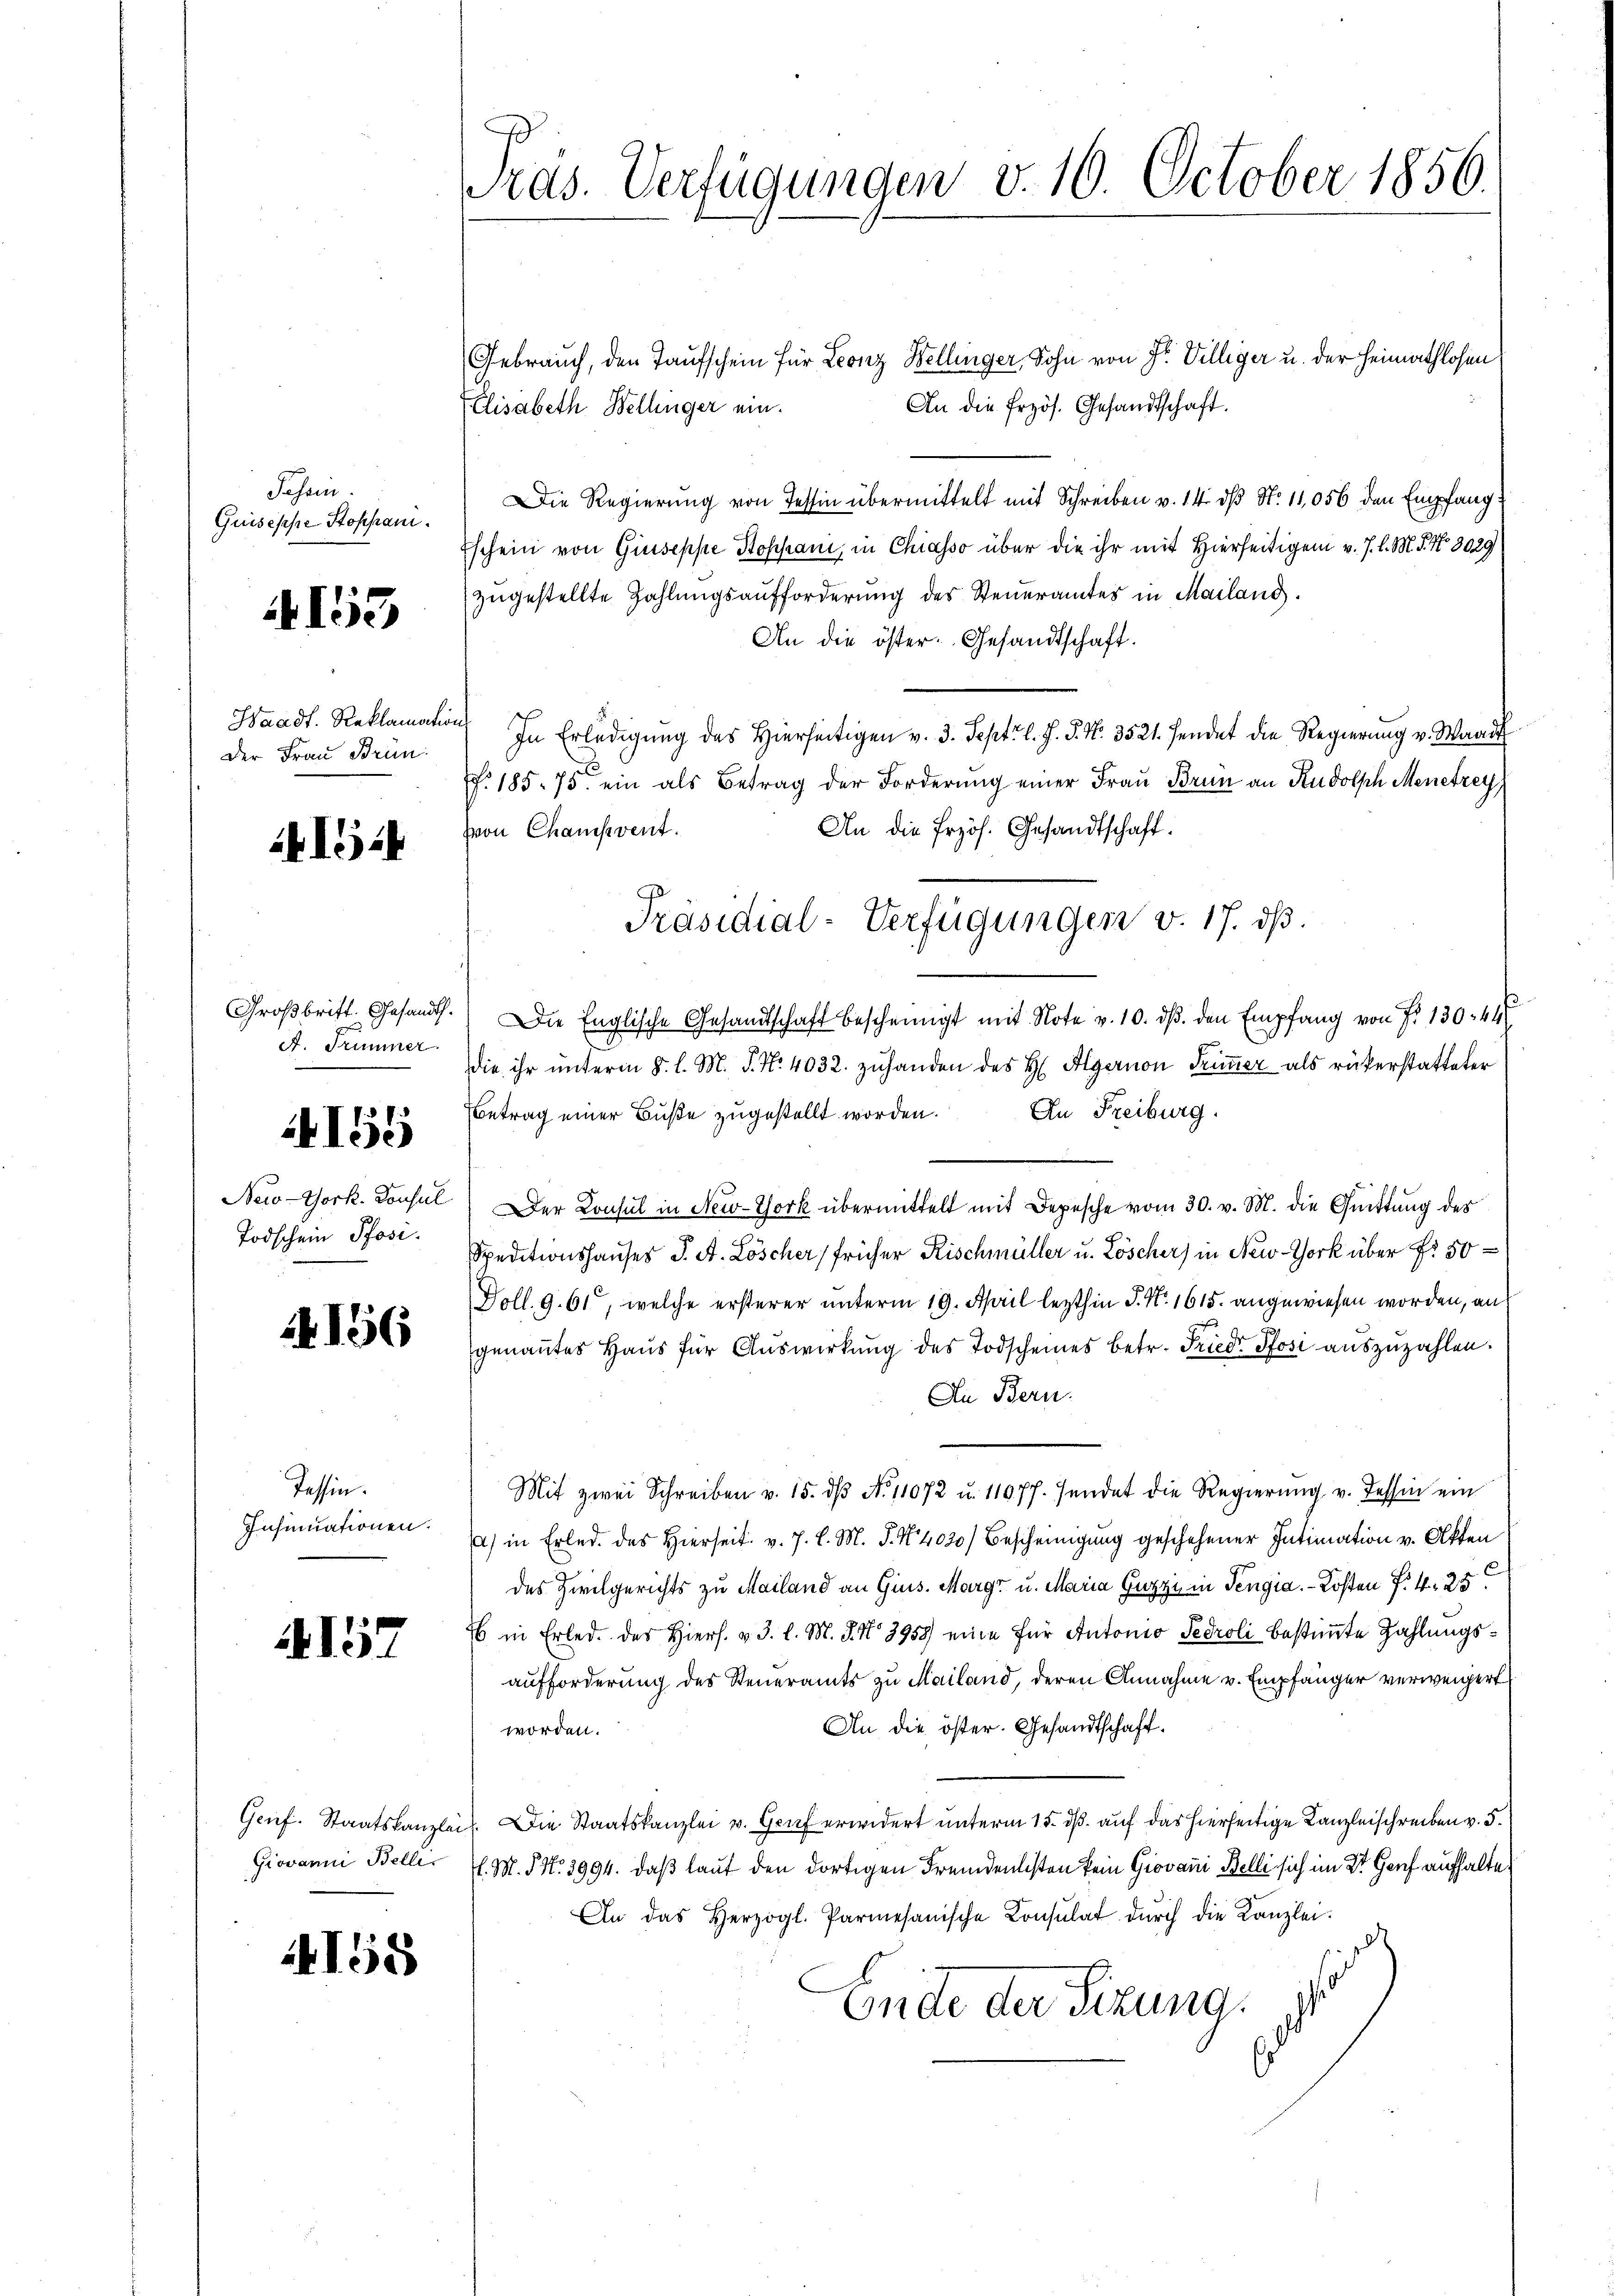
Jahren.
Guiseppe Stoppani

153

Waadt. Reklamation
Der Frau Brün

41524

Großbritt. Gesandt.
A. Trümmer.

4158

Todschein Pfosi.

156

Tessin.
Insinuationen.

4157

Giovanni Belli

158

Pras. Verfügungen v. 10. October 1856.

Gebrauch, den Taufschein für Leonz Bellinger, Sohn von Fr. Villiger u. der Heimathlosen
An die frzös. Gesandtschaft.
Elisabeth Bellinger ein.
Die Regierung von Tessin übermittelt mit Schreiben v. 14. dβ N. 11,056 den Empfang
Eschein von Giuseppe Sophani, in Chiasso über die ihr mit Hierseitigen v. J. l. M. P. Nr. 3029
zŭgestellte Zahlungsaufforderung des Steueramtes in Mailand.
An die öster. Gesandtschaft.
In Erledigung des Hierseitigen v. 3. Sept. l. J. P. Nr. 3521. sendet die Regierung v. Waadt
f. 185. 75. ein als Betrag der Forderŭng einer Frau Brun an Rudolph Menetrey
An die frzös. Gesandtschaft.
von Champvent.
Die Englische Gesandtschaft bescheinigt mit Note v. 10. dβ. den Empfang von P. 130. 44.
die ihr ŭnterm 8. l. M. P. Nr. 4032. zŭ handen des H Algernen Trimmer als rückerstatteter
Betrag einer Bŭβe zŭgestellt worden. An Freiburg
New-York. Donsul Der Konsul in New-York übermittelt mit Depesche vom 30. v. M. die Quittung des
Speditionshauses J. A. Löscher früher Kischmüller u. Löscher) in New-York über Fr. 50
Goll. 9. 61, welche ersterer unterm 19. April lezthin P. Nr. 1615. angewiesen worden, an
genaṅtes Haŭs für Aŭswirkung des Todscheines betr. Friede Pfosi auszuzahlen.
An Bern.
Mit zwei Schreiben v. 15. dβ No 11072 u. 11977. sendet die Regierung v. Tessin ein
) in Erled. des Hierseit v. J. l. M. J. N. 4020) Bescheinigung geschehener Intimation v. Akten
des Zivilgerichts zu Mailand an Gius. Marge u. Maria Guzzi in Tengia. - Kosten f. 425.
26 in Erled. Der Hiers. v. 3. l. M. J. No 3958) eine für Antonio Sedroli bestimmte Zahlungsaufforderung des Steueramts zu Mailand, deren Annahme v. Empfänger verweigert
An die öster. Gesandtschaft.
worden.
Genf. Staatskanzlei. Die Staatskanzlei v. Graf erwidert unterm 15. dß. auf das hierseitige Kanzleischreiben v. 5.
.M. §. 3994. daß laut den dortigen Fremdenlisten kein Giovani Belli sich im 2t Genf aufhalte
An das Herzogl. Parmesanische Konsulat dŭrch die Kanzlei-
Ende der Sizung.

Präsidial-Verfügungen v. 17. dß.